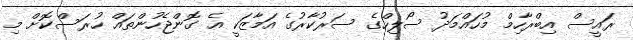
ރައީސް އިބްރާހިމް މުހައްމަދު ސޯލިހްގެ ސަރުކާރުގެ އަމާޒަކީ އެ ގޮންޖެހުންތައް ހުރަސްކޮށް މި